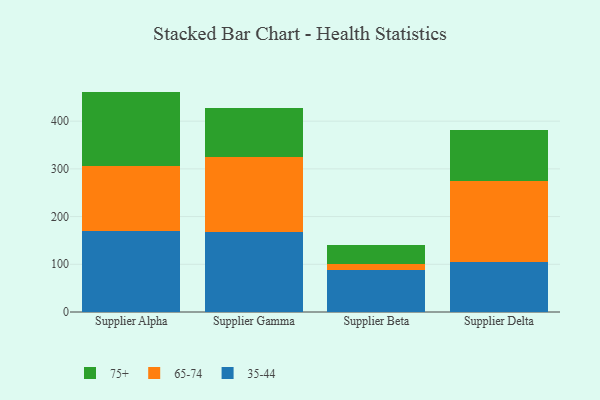
{"axis": {"x": "Supplier", "y": "Waste Production (Tons)"}, "legend": ["35-44", "65-74", "75+"], "data": [{"x": "Supplier Alpha", "y": 169.4, "type": "35-44"}, {"x": "Supplier Alpha", "y": 136.1, "type": "65-74"}, {"x": "Supplier Alpha", "y": 156.5, "type": "75+"}, {"x": "Supplier Gamma", "y": 168.4, "type": "35-44"}, {"x": "Supplier Gamma", "y": 155.7, "type": "65-74"}, {"x": "Supplier Gamma", "y": 102.7, "type": "75+"}, {"x": "Supplier Beta", "y": 88.7, "type": "35-44"}, {"x": "Supplier Beta", "y": 11.8, "type": "65-74"}, {"x": "Supplier Beta", "y": 40.8, "type": "75+"}, {"x": "Supplier Delta", "y": 105.5, "type": "35-44"}, {"x": "Supplier Delta", "y": 168.4, "type": "65-74"}, {"x": "Supplier Delta", "y": 108.0, "type": "75+"}]}